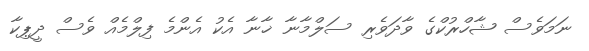
ނަމަވެސް ޝާހްރުކްގެ ވާދަވެރި ސަލްމާނާ ޚާނާ އެކު އެންމެ ފިލްމެއް ވެސް ދީޕިކާ